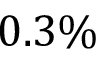
0 . 3 \%